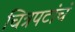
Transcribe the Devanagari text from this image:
चित्रपटांचं